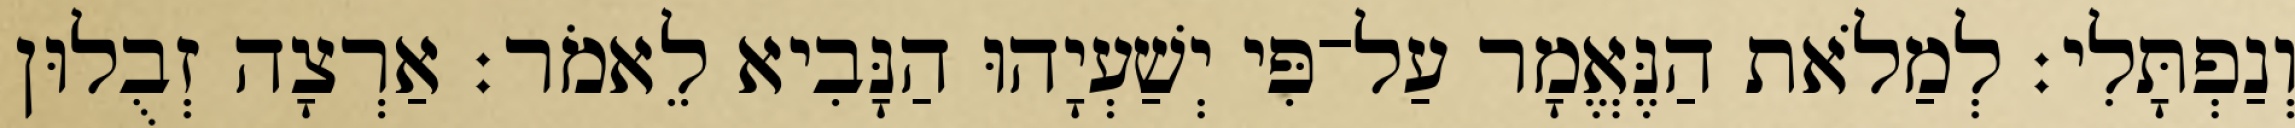
וְנַפְתָּלִי׃ לְמַלֹאת הַנֶּאֱמָר עַל־פִּי יְשַׁעְיָהוּ הַנָּבִיא לֵאמֹר׃ אַרְצָה זְבֻלוּן